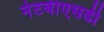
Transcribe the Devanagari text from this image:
नेटबीएसडी